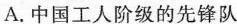
A.中国工人阶级的先锋队